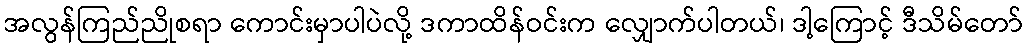
အလွန်ကြည်ညိုစရာ ကောင်းမှာပါပဲလို့ ဒကာထိန်ဝင်းက လျှောက်ပါတယ်၊ ဒါ့ကြောင့် ဒီသိမ်တော်